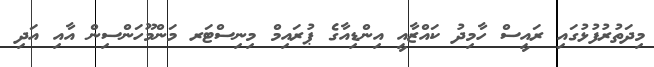
މިދަތުރުފުޅުގައި ރައީސް ހާމިދު ކައްޒާއީ އިންޑިއާގެ ޕުރައިމް މިނިސްޓަރ މަންމޫހަންސިން އާއި އަދި